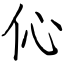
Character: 伈